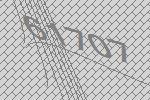
61707